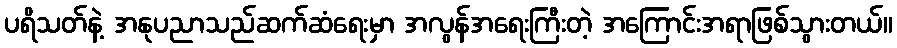
ပရိသတ်နဲ့ အနုပညာသည်ဆက်ဆံရေးမှာ အလွန်အရေးကြီးတဲ့ အကြောင်းအရာဖြစ်သွားတယ်။